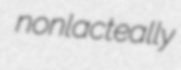
nonlacteally